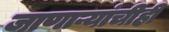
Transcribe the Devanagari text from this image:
जाणाऱ्यांचीही